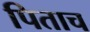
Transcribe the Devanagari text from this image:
पिताच